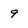
Character: 9